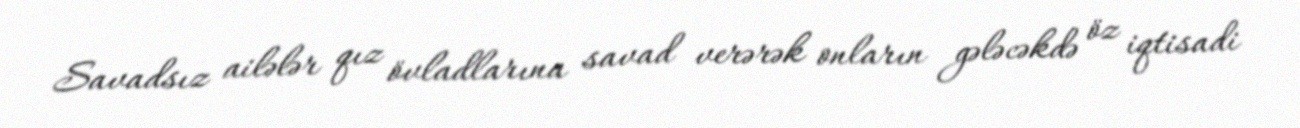
Savadsız ailələr qız övladlarına savad verərək onların gələcəkdə öz iqtisadi